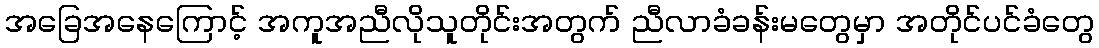
အခြေအနေကြောင့် အကူအညီလိုသူတိုင်းအတွက် ညီလာခံခန်းမတွေမှာ အတိုင်ပင်ခံတွေ